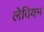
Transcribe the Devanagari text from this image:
लेवियम